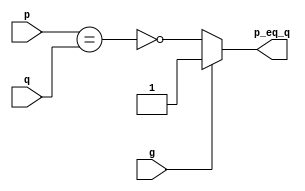
module sn74ls688(p_eq_q, p, q, g);
input [7:0] p, q;
input g;
output p_eq_q;
parameter
	// TI TTL data book Vol 1, 1985
	tPLH_min=0, tPLH_typ=12, tPLH_max=18,
	tPHL_min=0, tPHL_typ=17, tPHL_max=23;

	assign #(tPLH_min : tPLH_typ : tPLH_max,
			 tPHL_min : tPHL_typ : tPHL_max)
		p_eq_q = (g==1 ? 1'b1 : ~(p==q));

endmodule